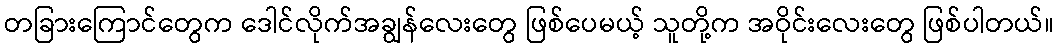
တခြားကြောင်တွေက ဒေါင်လိုက်အချွန်လေးတွေ ဖြစ်ပေမယ့် သူတို့က အဝိုင်းလေးတွေ ဖြစ်ပါတယ်။